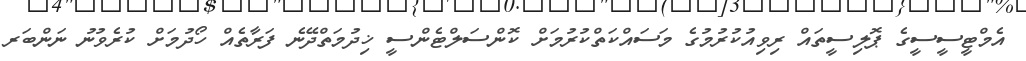
އެމްޓީސީސީގެ ޕޮލިސީތައް ރިވިއުކުރުމުގެ މަސައްކަތްކުރުމަށް ކޮންސަލްޓެންސީ ޚިދުމަތްދޭނެ ފަރާތެއް ހޯދުމަށް ކުރެވުނު ނަންބަރ